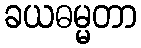
ခယဓမ္မတာ